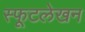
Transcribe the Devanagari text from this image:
स्फूटलेखन